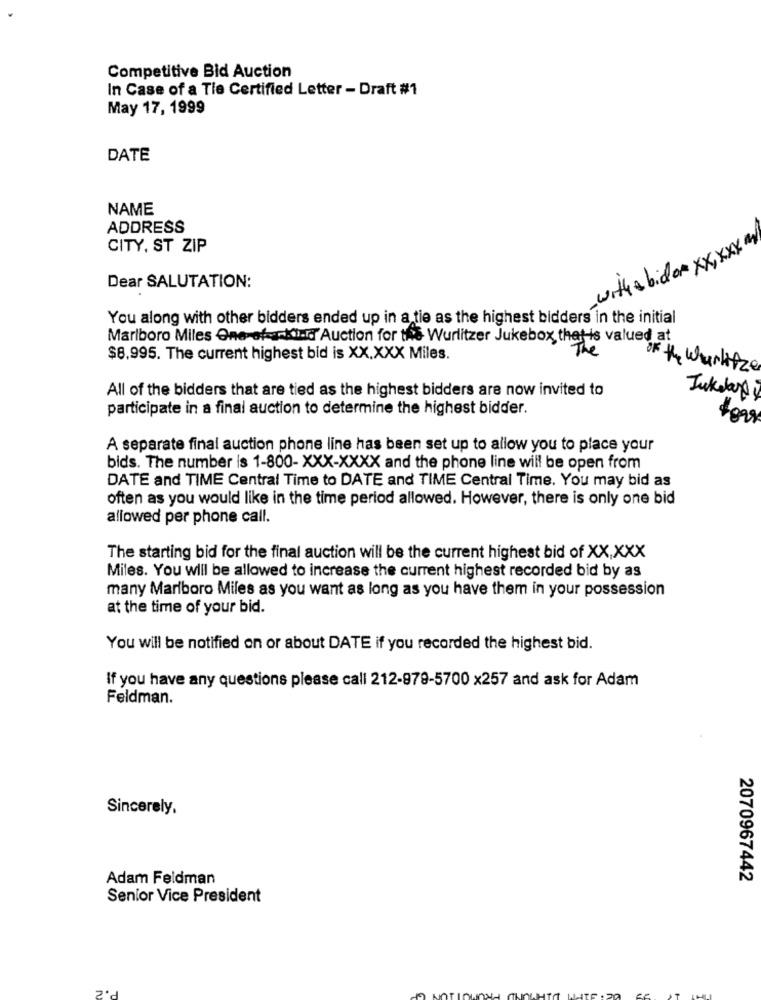
Competitive Bid Auction
In Case of a Tie Certified Letter - Draft #1
May 17, 1999
DATE
NAME
ADDRESS
CITY, ST ZIP
with a bidor xx,xx.my
Dear SALUTATION:
You along with other bidders ended up in a tie as the highest bidders in the initial
Marlboro Miles One-of-Kir Auction for the Wurlitzer Jukebox that is valued at
$8,995. The current highest bid is XX.XXX Miles.
The
OF the Wurlitzer
All of the bidders that are tied as the highest bidders are now invited to
Jukday
participate in a final auction to determine the highest bidder.
A separate final auction phone line has been set up to allow you to place your
bids. The number is 1-800- XXX-XXXX and the phone line will be open from
DATE and TIME Central Time to DATE and TIME Central Time. You may bid as
often as you would like in the time period allowed. However, there is only one bid
allowed per phone call.
The starting bid for the final auction will be the current highest bid of XX,XXX
Miles. You will be allowed to increase the current highest recorded bid by as
many Marlboro Miles as you want as long as you have them in your possession
at the time of your bid.
You will be notified on or about DATE if you recorded the highest bid.
If you have any questions please call 212-979-5700 x257 and ask for Adam
Feldman.
Sincerely,
Adam Feldman
2070967442
Senior Vice President